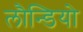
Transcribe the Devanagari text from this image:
लौन्डियोे